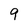
Character: 9